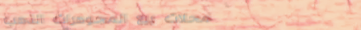
محلات بيع المجوهرات الذهب